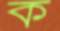
ক